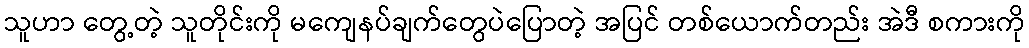
သူဟာ တွေ့တဲ့ သူတိုင်းကို မကျေနပ်ချက်တွေပဲပြောတဲ့ အပြင် တစ်ယောက်တည်း အဲဒီ စကားကို